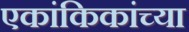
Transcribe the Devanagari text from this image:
एकांकिकांच्या